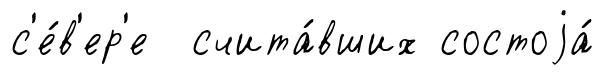
с'е́в'ер'е счита́вших состоjа́